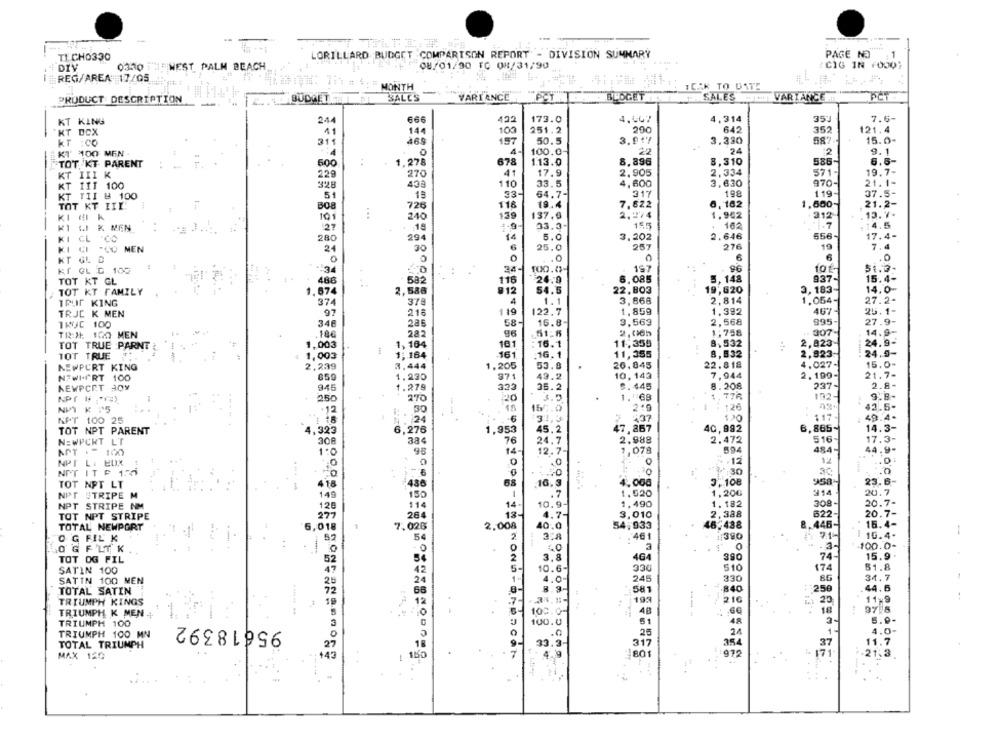
TICHO330
LORILLARD BUDGET COMPARISON REPORT - DIVISION SUMMARY
PAGE NO
DIV
0330
WEST PALM BEACH
08/01/90 TC 08/31/90
CIG IN (000;
REG/AREA 17/05
MONTH
ICAR TO DATE
BALES
VARIANCE
PCT
BLOGET
SALES
VARIANCE
PCT
PRODUCT DESCRIPTION
BUDGET
666
122
173.0
4.667
4,314
352
7.6-
KT KING
244
"KT DCX
14.
100
251.2
200
642
352
121.4
31.
157
50.5
3.917
3.330
587
15.0-
KT :CO
24
KI 100 MEN
4-
100.0-
9.1
TOT. KT PARENT
T
600
1.278
678
113.0
8.896
8,310
586-
6.5-
2,334
571-
19.7-
KT III K
229
270
41
17.9
2.905
KT 111 100
328
43
110
33.5
4,600
3.630
970-
21.1-
1ª
33-
64.7-
317
198
119-
37.5-
KT TII & 100
5
TOT KT IIL:
B08
726
116
19.4
7,622
6,162
1,600~
21.2-
240
139
137.9
2.274
1.942
312
13.7.
KI GIK
101
KI GI K MEN
27
1.9
33.3-
155
162
1.7
14.5
280
294
14
5.0
3,202
2.646
556-
17.4-
KI CL 'CO
257
10
KI CI -CO MEN
24
30
6
25.0
276
7.4
KT GL B
0
.0
6
6
.0
24-
. 96
51.3-
KO GL G 100
10₺
TOT KT GL
486
582
115
26.0
6.085
5,148
937-
15.4-
2,586
812
54.5
22,803
19,620
3, 183-
14.0-
TOT KT FAMILY
674
IPUT KING
374
378
4
1.1
3,868
2,814
1.054-
27.2-
97
216
119
122.7
1,859
1,392
467
25.1-
TRJE K MEN
TRUC 100
346
285
58
16.8-
3,563
2,568
995
27.9-
TR:X 100 MEN
.180
282
96
.51-5
1:758
307
14.9-
8.532
2,823
24.9-
TOT TRUE PARNT
, 003
10
16.1
11,355
TOT TRUE
1,003
1,164
-161
16, 1
11,355
8,532
2,823
24.5-
26.845
22.818
4.027-
15.0-
NEWPORT KING
2,239
3.444
1,205
53.8
.
NFWI-PRT 100
859
1,230
371
49.2
10, 143
7,944
2.190-
21.7-
1.279
323
S. 445
8.208
237-
2.8-
KEWPCRT 30Y
945
35.2
250
270
20
1. 68
1,77R
132-
15
152.0
124
42.5-
.12
30
117
49.4-
APT 100 25
1:24
.
-6
437
TOT NPT PARENT
1,323
6,276
1,953
45.2
47,857
40,992
6,865~
14.3-
516-
17.3-
NEWPCKT LT
308
384
76
24.7
2.988
2.472
APT . 100
1.0
95
14
12.7-
1,078
594
484-
44.9-
0
. . 12
12
NPT LI EUX
1. :
NIT IT F 134
30
-. 0
68
16.3
4.000
3.108
23.6-
TOT NPT LT
418
486
NPT STRIPE M
149
150
1
.7
1.520
1,20€
#14
20.7
NPT STRIPE NM
114
14-
10.9
1.490
1.182
308-
20.7-
120
2,388
622
20.7-
TOT NPT STRIPE
277
264
13-
4.7-
3,010
TOTAL NEWPORT
7.026
2.008
40.0
54,933
16,438
.446-
15.4-
6,018
:461
1390
71-
16.4.
-
OG RIE K
52
54
2
3.8
OG FLIK
0
0
-3-
100.0-
2
3.8
464
390
74-
15.9.
TOT OG FIL
SATIN 100
5-
10.6-
510
174
51.8
SATIN 100 MEN
1
4.0-
245
330
34.7
TOTAL SATIN
8.9-
581
840
250
44.6
TRIUMPH KINGS
7-
195
216
.: 20
11-9
97 8
TRIUMPH K MEN-
100.00
4B
18
TRIUMPH 100
95618392
100.0
61
48
3-
5.9.
25
21
1
4.0
TRIUMPH 100 MN
.0
TOTAL TRIUMPH
33.3-
317
354
11.7
4.9
2801
.21.3.
MAX 120
----